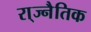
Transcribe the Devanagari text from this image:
रा्ज्नैतिक